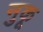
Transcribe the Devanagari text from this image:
नुकू